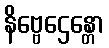
နိဗ္ဗေဌေန္တော